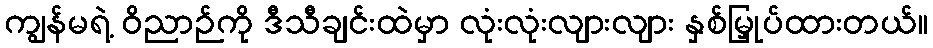
ကျွန်မရဲ့ ဝိညာဉ်ကို ဒီသီချင်းထဲမှာ လုံးလုံးလျားလျား နှစ်မြှုပ်ထားတယ်။